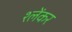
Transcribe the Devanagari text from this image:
श्लेंकर